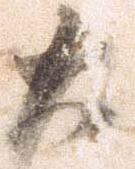
大